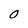
Character: 0